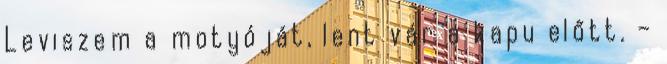
Leviszem a motyóját, lent vár a kapu előtt. –